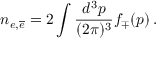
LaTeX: n _ { e , { \overline { { e } } } } = 2 \int \frac { d ^ { 3 } p } { ( 2 \pi ) ^ { 3 } } f _ { \mp } ( p ) \, .